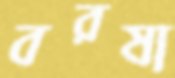
বরষা